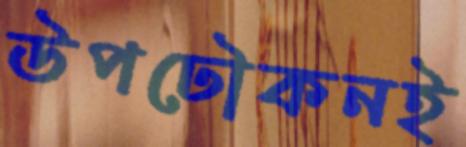
উপঢৌকনই